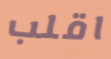
اقلب